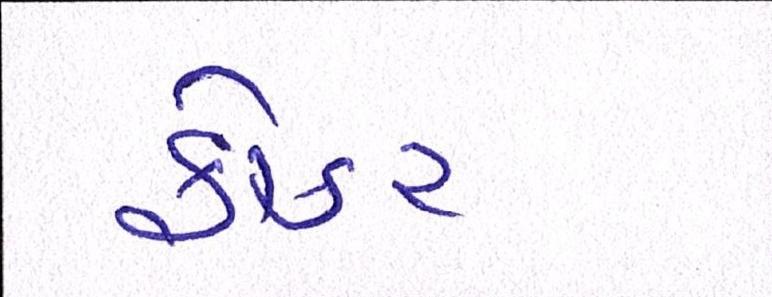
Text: ફોકર